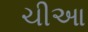
ચીઆ